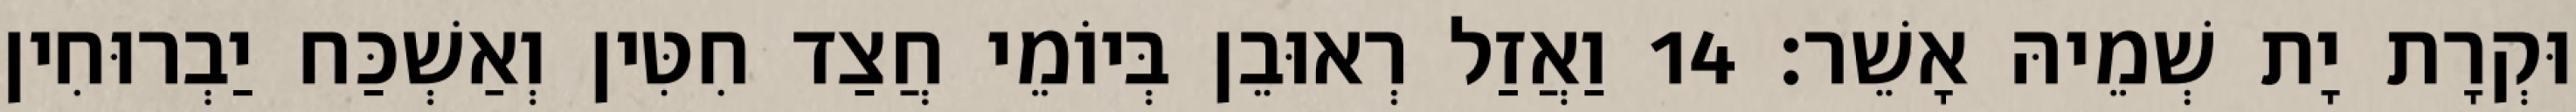
וּקְרָת יָת שְׁמֵיהּ אָשֵׁר׃ 14 וַאֲזַל רְאוּבֵן בְּיוֹמֵי חֲצַד חִטִּין וְאַשְׁכַּח יַבְרוּחִין